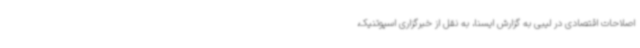
اصلاحات اقتصادی در لیبی به گزارش ایسنا، به نقل از خبرگزاری اسپوتنیک،